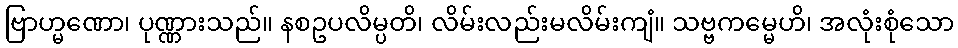
ဗြာဟ္မဏော၊ ပုဏ္ဏားသည်။ နစဥပလိမ္ပတိ၊ လိမ်းလည်းမလိမ်းကျံ။ သဗ္ဗကမ္မေဟိ၊ အလုံးစုံသော